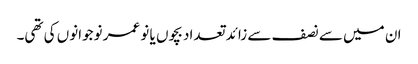
ان میں سے نصف سے زائد تعداد بچوں یا نو عمر نوجوانوں کی تھی۔